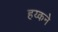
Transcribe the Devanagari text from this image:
हय्कने